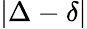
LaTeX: |\Delta-\delta|